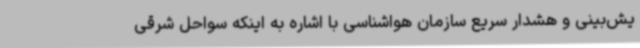
یش‌بینی و هشدار سریع سازمان هواشناسی با اشاره به اینکه سواحل شرقی